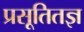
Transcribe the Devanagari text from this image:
प्रसूतितज्ञ